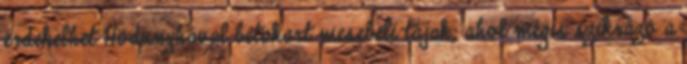
érdekelhet Hódunyhával betakart mesebeli tájak, ahol mégis szikrázó a